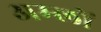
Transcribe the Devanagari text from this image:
अम्‍लों